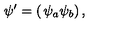
\psi ^ { \prime } = \left( \begin{matrix} { \psi _ { a } } \\ { \psi _ { b } } \\ \end{matrix} \right) ,